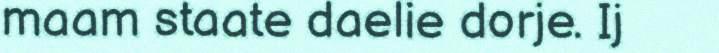
maam staate daelie dorje. Ij